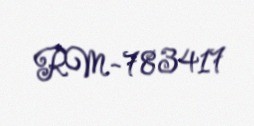
RM-783417